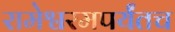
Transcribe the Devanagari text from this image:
रामेश्वरमपर्यंतच